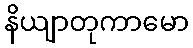
နိယျာတုကာမော